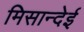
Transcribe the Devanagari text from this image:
मिसान्देई